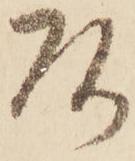
頭